Annual report of the Imperial Bacteriologist
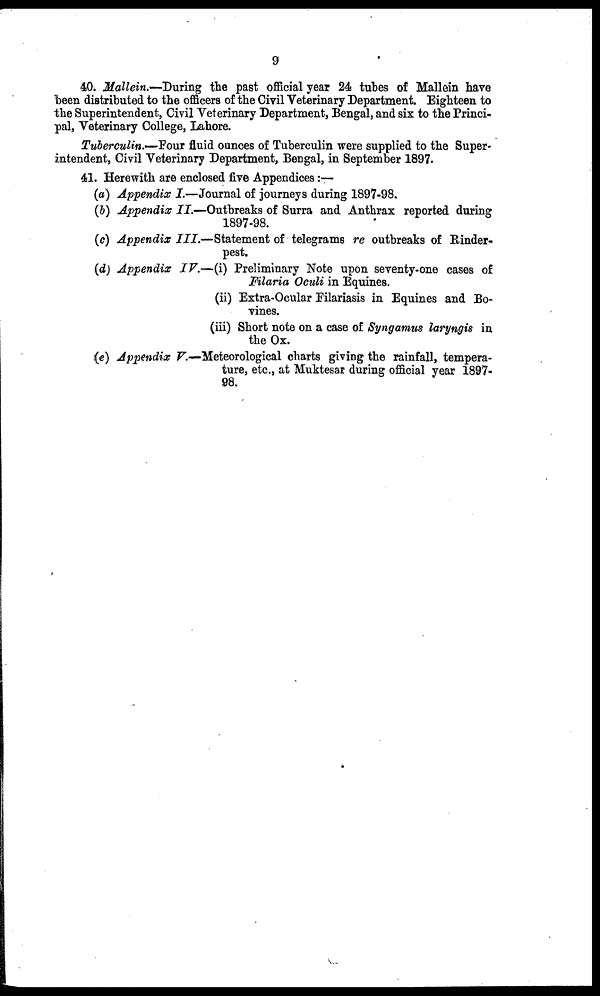
9
40. Mallein.—During the past official year 24 tubes of Mallein have
been distributed to the officers of the Civil Veterinary Department. Eighteen to
the Superintendent, Civil Veterinary Department, Bengal, and six to the Princi-
pal, Veterinary College, Lahore.
Tuberculin.—Four fluid ounces of Tuberculin were supplied to the Super-
intendent, Civil Veterinary Department, Bengal, in September 1897.
41. Herewith are enclosed five Appendices:—
(a) Appendix I.—Journal of journeys during 1897-98.
(b) Appendix II.—Outbreaks of Surra and Anthrax reported during
1897-98.
(c) Appendix III.—Statement of telegrams re outbreaks of Rinder-
pest.
(d) Appendix IV.—(i) Preliminary Note upon seventy-one cases of
Filaria Oculi in Equines.
(ii) Extra-Ocular Filariasis in Equines and Bo-
vines.
(iii) Short note on a case of Syngamus laryngis in
the Ox.
(e) Appendix V.—Meteorological charts giving the rainfall, tempera-
ture, etc., at Muktesar during official year 1897-
98.